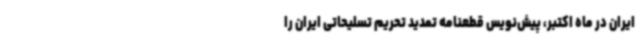
ایران در ماه اکتبر، پیش‌نویس قطعنامه‌ تمدید تحریم تسلیحاتی ایران را